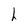
Character: h